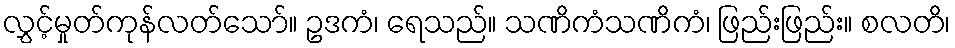
လွှင့်မှုတ်ကုန်လတ်သော်။ ဥဒကံ၊ ရေသည်။ သဏိကံသဏိကံ၊ ဖြည်းဖြည်း။ စလတိ၊